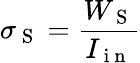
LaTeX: \sigma_{\mathrm{~S~}}=\frac{W_{\mathrm{~S~}}}{I_{\mathrm{~i~n~}}}